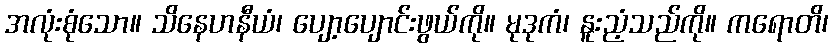
အလုံးစုံသော။ သိနေဟနီယံ၊ ပျော့ပျောင်းဖွယ်ကို။ မုဒုကံ၊ နူးညံ့သည်ကို။ ကရောတိ၊